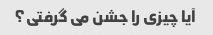
آیا چیزی را جشن می گرفتی؟